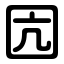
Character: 囥